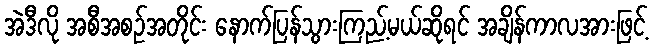
အဲဒီလို အစီအစဉ်အတိုင်း နောက်ပြန်သွားကြည့်မယ်ဆိုရင် အချိန်ကာလအားဖြင့်